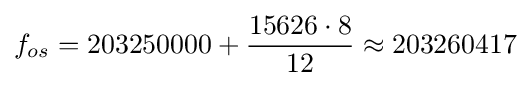
f_{os}=203250000+{\frac {15626\cdot 8}{12}}\approx 203260417